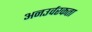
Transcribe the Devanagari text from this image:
अनउर्वरकता